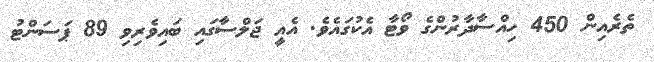
ތެރެއިން 450 ހިއްސާދާރުންގެ ވޯޓާ އެކުގައެވެ. އެއީ ޖަލްސާގައި ބައިވެރިވި 89 ޕަސަންޓު